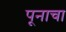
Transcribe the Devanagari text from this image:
पूनाचा